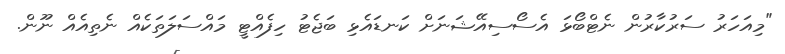
"މިއަހަރު ސަރުކާރުން ނެޓްބޯޅަ އެސޯސިއޭޝަނަށް ކަނޑައެޅި ބަޖެޓު ހިފެއްޓީ މައްސަލަތަކެއް ނެތިއެއް ނޫން.